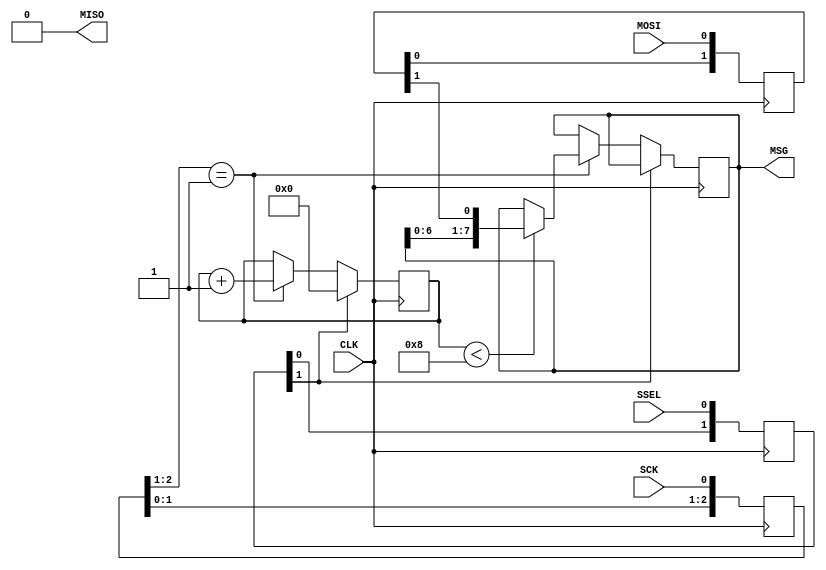
module spi_slave_11 #(parameter msg_len = 8) (CLK, SCK, MOSI, MISO, SSEL, MSG);
input wire CLK; 
input wire SCK, SSEL, MOSI;
output wire MISO;
output wire [(msg_len-1):0] MSG;
assign MISO = 0;
reg [2:0] SCKr; initial SCKr <= 3'd0;
always @(posedge CLK) SCKr <= {SCKr[1:0], SCK};
wire SCK_risingedge = (SCKr[2:1]==2'b01);  
reg [2:0] SSELr; initial SSELr <= 3'd0;
always @(posedge CLK) SSELr <= {SSELr[1:0], SSEL};
wire SSEL_active = ~SSELr[1];  
reg [1:0] MOSIr; initial MOSIr <= 2'd0;
always @(posedge CLK) MOSIr <= {MOSIr[0], MOSI};
wire MOSI_data = MOSIr[1];
reg [$clog2(msg_len+1)-1:0] bitcnt; initial bitcnt <= {($clog2(msg_len+1)-1){1'b0}};
reg is_msg_received; initial is_msg_received <= 0; 
reg [(msg_len-1):0] msg_data_received; initial msg_data_received <= {(msg_len){1'b0}};
always @(posedge CLK)
begin
  if(~SSEL_active)
    bitcnt <= 3'b000;
  else
  if(SCK_risingedge)
  begin
    bitcnt <= bitcnt + 3'b001;
	if (bitcnt<msg_len) msg_data_received <= {msg_data_received[6:0], MOSI_data};
  end
end
always @(posedge CLK) is_msg_received <= SSEL_active && SCK_risingedge && (bitcnt==3'b111);
assign MSG = msg_data_received;
endmodule